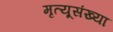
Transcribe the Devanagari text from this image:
मृत्यूसंख्या